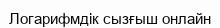
Логарифмдік сызғыш онлайн